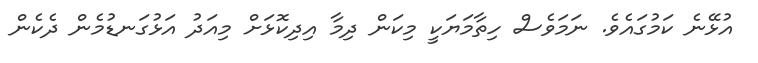
އުޅޭނެ ކަމުގައެވެ. ނަމަވެސް ހިތާމަޔަކީ މިކަން ދިމާ އިދިކޮޅަށް މިއަދު އަޅުގަނޑުމެން ދެކެން